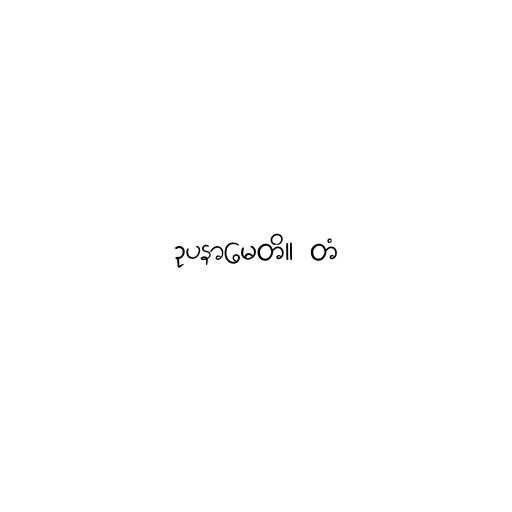
ဥပနာမေတိ။ တံ